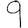
Digit: 9